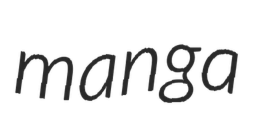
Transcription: manga